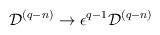
\begin{align*}{\cal D}^{(q-n)} \rightarrow \epsilon^{q-1}{\cal D}^{(q-n)}\end{align*}